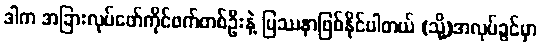
ဒါက အခြားလုပ်ဖော်ကိုင်ဖက်တစ်ဦးနဲ့ ပြဿနာဖြစ်နိုင်ပါတယ် (သို့)အလုပ်ခွင်မှာ